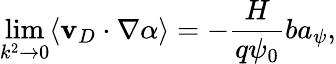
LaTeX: \operatorname*{lim}_{k^{2}\rightarrow 0}\langle\mathbf{v}_{D}\cdot\nabla\alpha\rangle=-\frac{H}{q\psi_{0}}ba_{\psi},